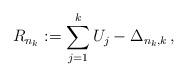
LaTeX: \begin{align*}R_{n_k} := \sum_{j=1}^k U_j - \Delta_{n_k,k} \,,\end{align*}